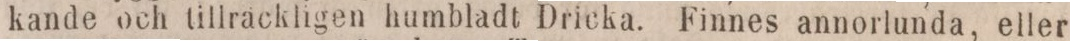
kande och tillräckligen humbladt Dricka. Finnes annorlunda, eller